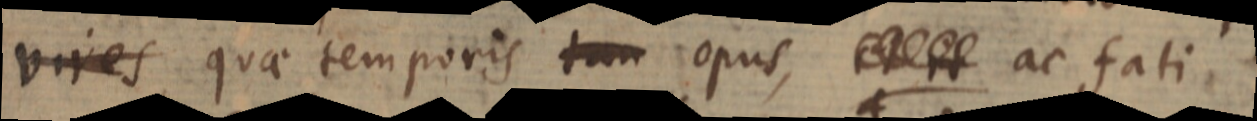
vires quae temporis tam opus, _ ac fati